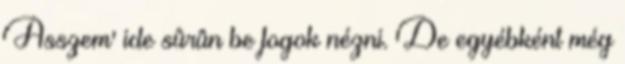
Asszem' ide sûrûn be fogok nézni. De egyébként még